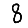
Digit: 8